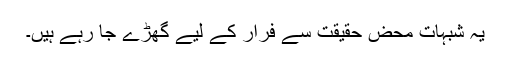
یہ شبہات محض حقیقت سے فرار کے لیے گھڑے جا رہے ہیں۔